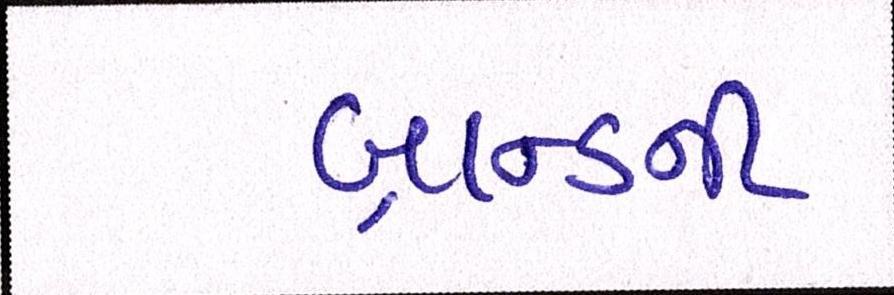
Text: બ્રાન્ડની